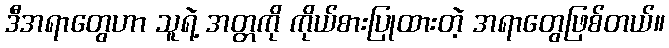
ဒီအရာတွေဟာ သူရဲ့ အတ္တကို ကိုယ်စားပြုထားတဲ့ အရာတွေဖြစ်တယ်။